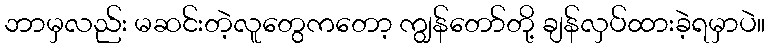
ဘာမှလည်း မဆင်းတဲ့လူတွေကတော့ ကျွန်တော်တို့ ချန်လှပ်ထားခဲ့ရမှာပဲ။